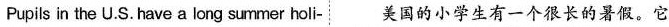
Pupils in the U.S. Have a long summer holi-美国的小学生有一个很长的暑假.它